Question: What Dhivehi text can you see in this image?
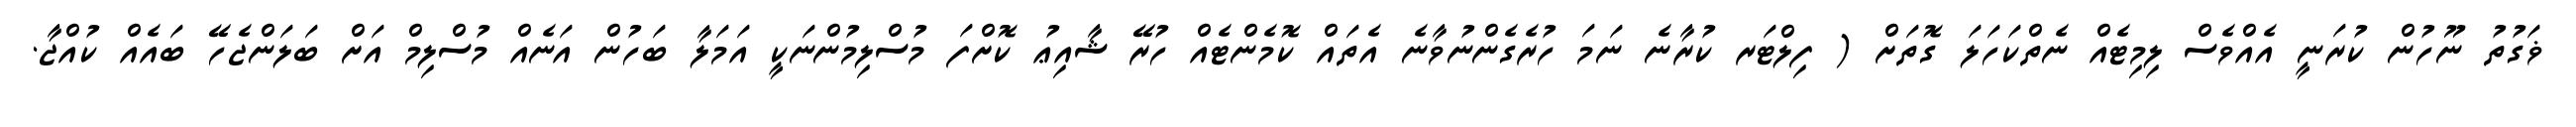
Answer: ޥަގުތު ނޫހުން ކުރަނީ އެއްވެސް ލިމިޓެއް ނެތްކަހަލަ ގޮތަށް ( ފިލްޓަރ ކުރާނެ ނަމަ ހުރެގެންނުވާނެ އެތައް ކޮމެންޓެއް ހުރޭ ޝާއިޢު ކޮށްފަ މުސްލިމުންނަކީ އަމަލާ ބަހުން އަނެއް މުސްލިމް އަށް ބަލަންޖެހޭ ބައެއް ކުއްޖާ.